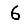
Digit: 6